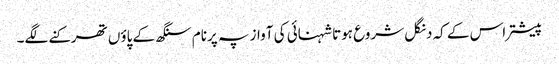
پیشتر اس کے کہ دنگل شروع ہوتا شہنائی کی آواز پہ پرنام سنگھ کے پاؤں تھرکنے لگے۔